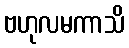
ဗဟုလမကာသိ